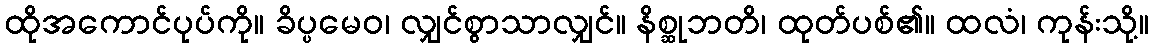
ထိုအကောင်ပုပ်ကို။ ခိပ္ပမေဝ၊ လျှင်စွာသာလျှင်။ နိစ္ဆုဘတိ၊ ထုတ်ပစ်၏။ ထလံ၊ ကုန်းသို့။